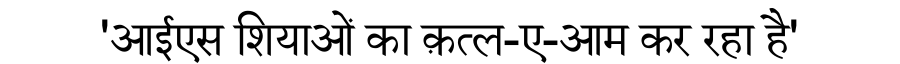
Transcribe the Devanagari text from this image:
'आईएस शियाओं का क़त्ल-ए-आम कर रहा है'